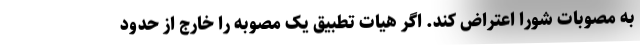
به مصوبات شورا اعتراض کند. اگر هیات تطبیق یک مصوبه را خارج از حدود